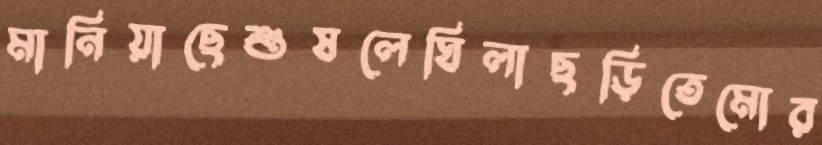
মানিয়াছেশুষলেঘিলাছড়িতেমোর